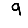
Digit: 9